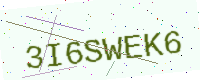
Text: 3I6SWEK6